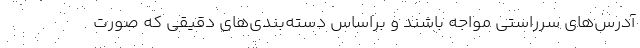
آدرس‌های سرراستی مواجه باشند و براساس دسته‌بندی‌های دقیقی که صورت